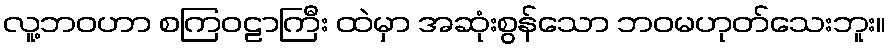
လူ့ဘဝဟာ စကြဝဠာကြီး ထဲမှာ အဆုံးစွန်သော ဘဝမဟုတ်သေးဘူး။